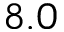
8 . 0